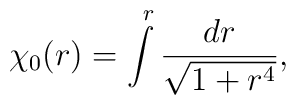
\chi_0(r)=  \int\limits^{\,r}\frac{dr}{\sqrt{1+r^4}},